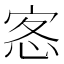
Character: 𭜰